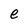
Character: e